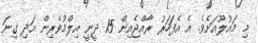
މި މައުލޫއަށެވެ. އެ އެފަހަރު ރާއްޖެއިން 15 ދީނީ އިލްމުވެރިން އަދި ގިނަ